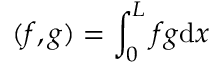
( f , g ) = \int _ { 0 } ^ { L } f g \mathrm { d } x